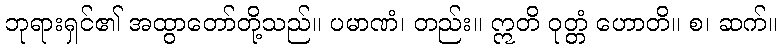
ဘုရားရှင်၏ အထွာတော်တို့သည်။ ပမာဏံ၊ တည်း။ ဣတိ ဝုတ္တံ ဟောတိ။ စ၊ ဆက်။